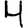
Digit: 4